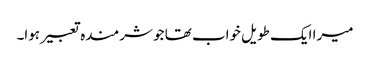
میرا ایک طویل خواب تھا جو شرمندہ تعبیر ہوا۔